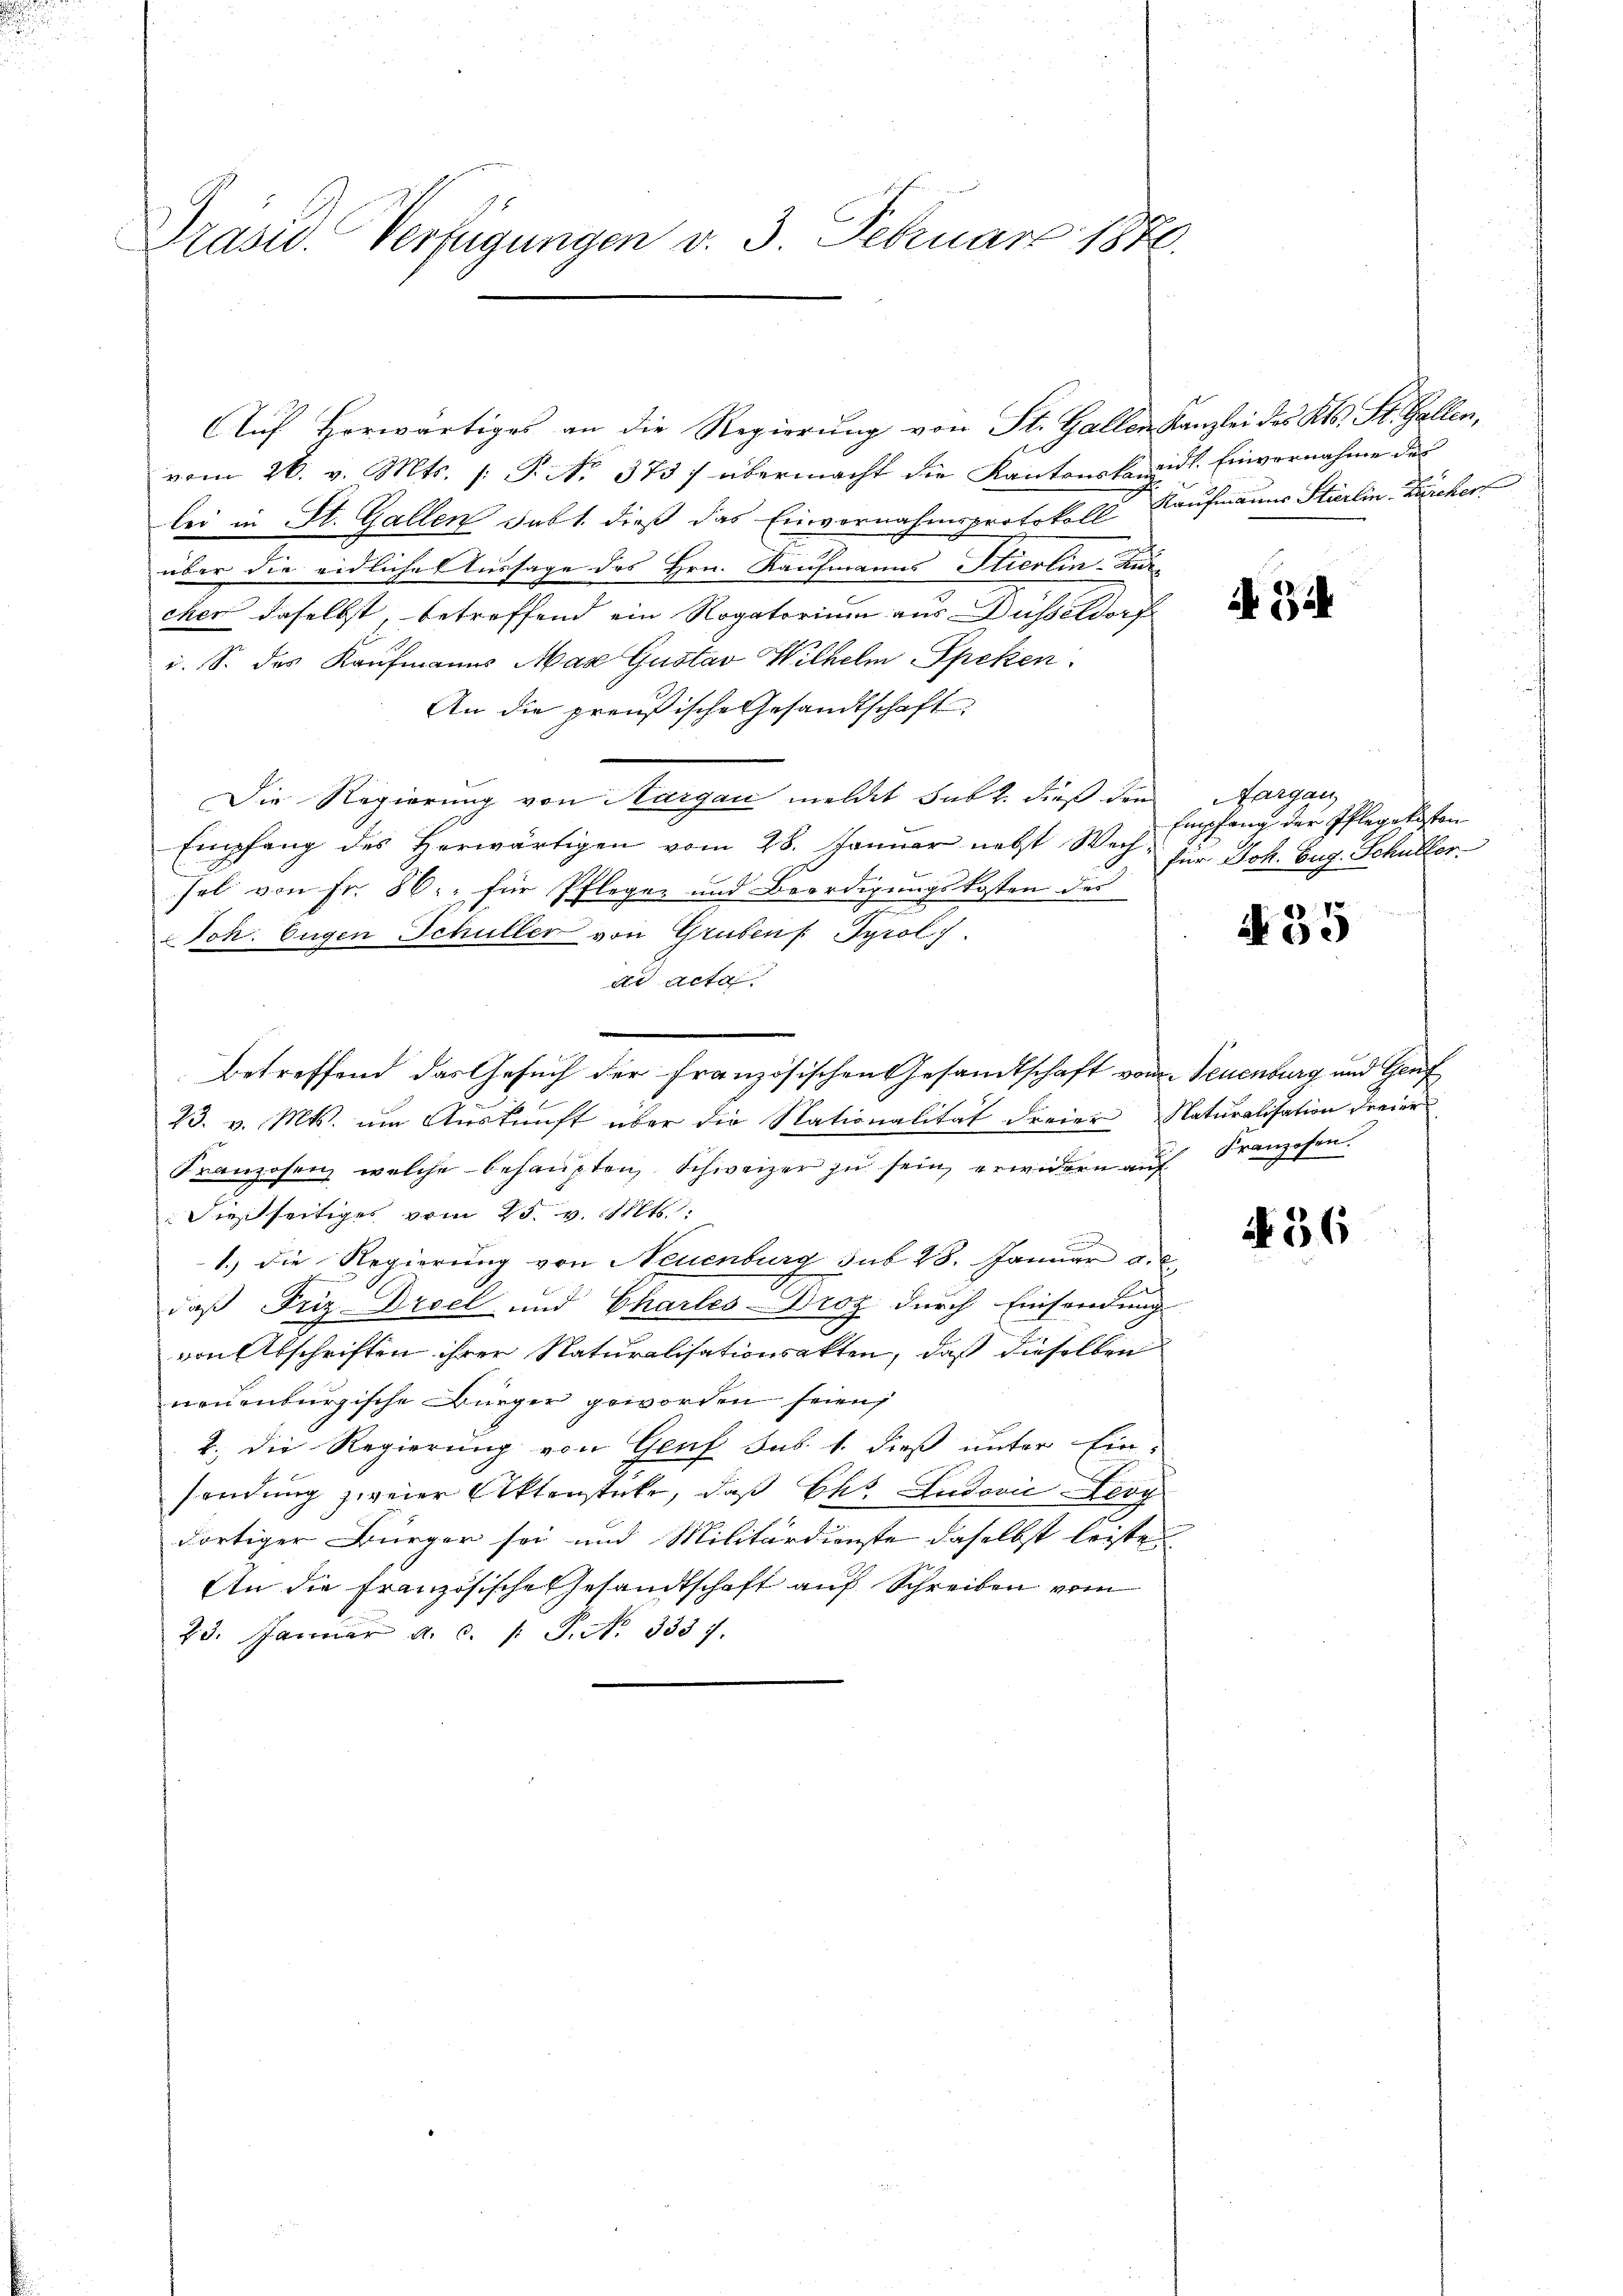
i

Präsid. Verfügungen v. 3. Februar 1886.

Auf Horwärtiges an die Regierung von St. Gallen Kanzlei des Kts. St. Gallen,
vom 26. v. Mts. /: P. No. 373/ übermacht die Kantonskamidt. Einvernahme des
lei in St. Gallen Fabt. dieß das Einvernahmsprotokoll Kaufmanns Stierlin Zürcher
über die eidliche Aussage des Hrn. Kaufmanns Stierlin-Kurcher daselbst, betreffend ein Rogatorium aus Düsseldorf
i. S. des Kaufmanns Max Gustav Wilhelm Speken
An die preußische Gesandtschaft
Die Regierung von Margau meldet subt. dieß den
Empfang des herwärtigen vom 28. Januar nebst Wechsel von Fr. 86. für Pfleger und Beerdigungskosten des
Joh. Eugen Schüller von Grubenf. Tyrol.
de acta
betreffend das Gesuch der französischen Gesandtschaft vom Neuenburg und Genf
23. v. Mts. um Auskunft über die Nationalität freier Naturalisation dreier
Kranzosen welche behaŭpten Schweizer zŭ sein, erwidern aŭf Franzosen.
dießseitiges vom 25. v. Mts.:
.
1.) Die Regierung von Neuenburg sub 28. Januar a. a
B
daß Friz Droel und Charles Droz durch Einsendung
von Abschriften ihrer Naturalisationsakten, daß dieselben
neuenburgische Bürger geworden seien
2. Die Regierung von Genf sub. 1. dieß unter Einsendung zweier Aktenstecke, daß Bht Ludović-Leog
dortiger Bürger sei und Militärdienste daselbst leiste
An die französische Gesandtschaft auf Schreiben vom
23. Januar a. c. /: P. No. 3337.

i Bi

Aargau
Empfang der Pflegekisten
für Joh. Eug. Schullor

A 55

N 56